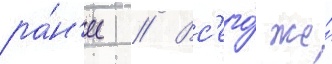
ра́н'ее // Вс'его́ же́